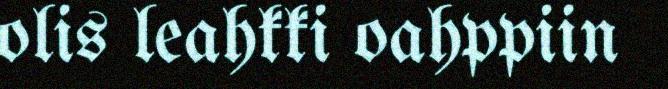
olis leahkki oahppiin